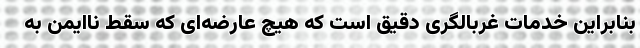
بنابراین خدمات غربالگری دقیق است که هیچ عارضه‌ای که سقط ناایمن به